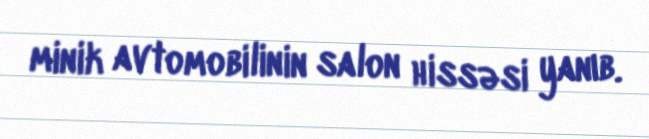
minik avtomobilinin salon hissəsi yanıb.